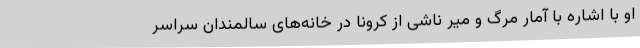
او با اشاره با آمار مرگ و میر ناشی از کرونا در خانه‌های سالمندان سراسر